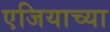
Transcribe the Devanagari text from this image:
एजियाच्या